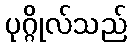
ပုဂ္ဂိုလ်သည်